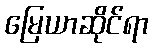
မြေယာဆိုင်ရာ